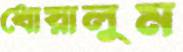
ধোয়ালুম